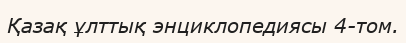
Қазақ ұлттық энциклопедиясы 4-том.